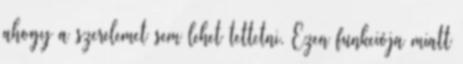
ahogy a szerelemet sem lehet tettetni. Ezen funkciója miatt